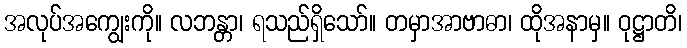
အလုပ်အကျွေးကို။ လဘန္တာ၊ ရသည်ရှိသော်။ တမှာအာဗာဓာ၊ ထိုအနာမှ။ ဝုဋ္ဌာတိ၊